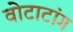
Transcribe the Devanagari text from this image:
वोटाटांग